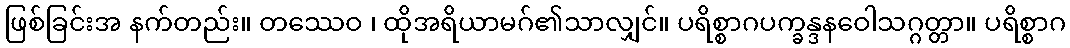
ဖြစ်ခြင်းအ နက်တည်း။ တဿေဝ ၊ ထိုအရိယာမဂ်၏သာလျှင်။ ပရိစ္စာဂပက္ခန္ဒနဝေါသဂ္ဂတ္တာ။ ပရိစ္စာဂ